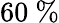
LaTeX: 60\ \%